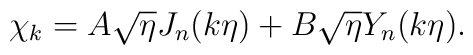
\chi_k =A\sqrt{\eta }J_n(k\eta )+B\sqrt{\eta }Y_n(k\eta ).